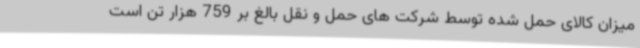
میزان کالای حمل شده توسط شرکت های حمل و نقل بالغ بر 759 هزار تن است